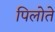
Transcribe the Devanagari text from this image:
पिलोते